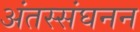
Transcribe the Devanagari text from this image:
अंतस्संघनन